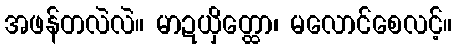
အဖန်တလဲလဲ။ မာဍယှိတ္ထော၊ မလောင်စေလင့်။